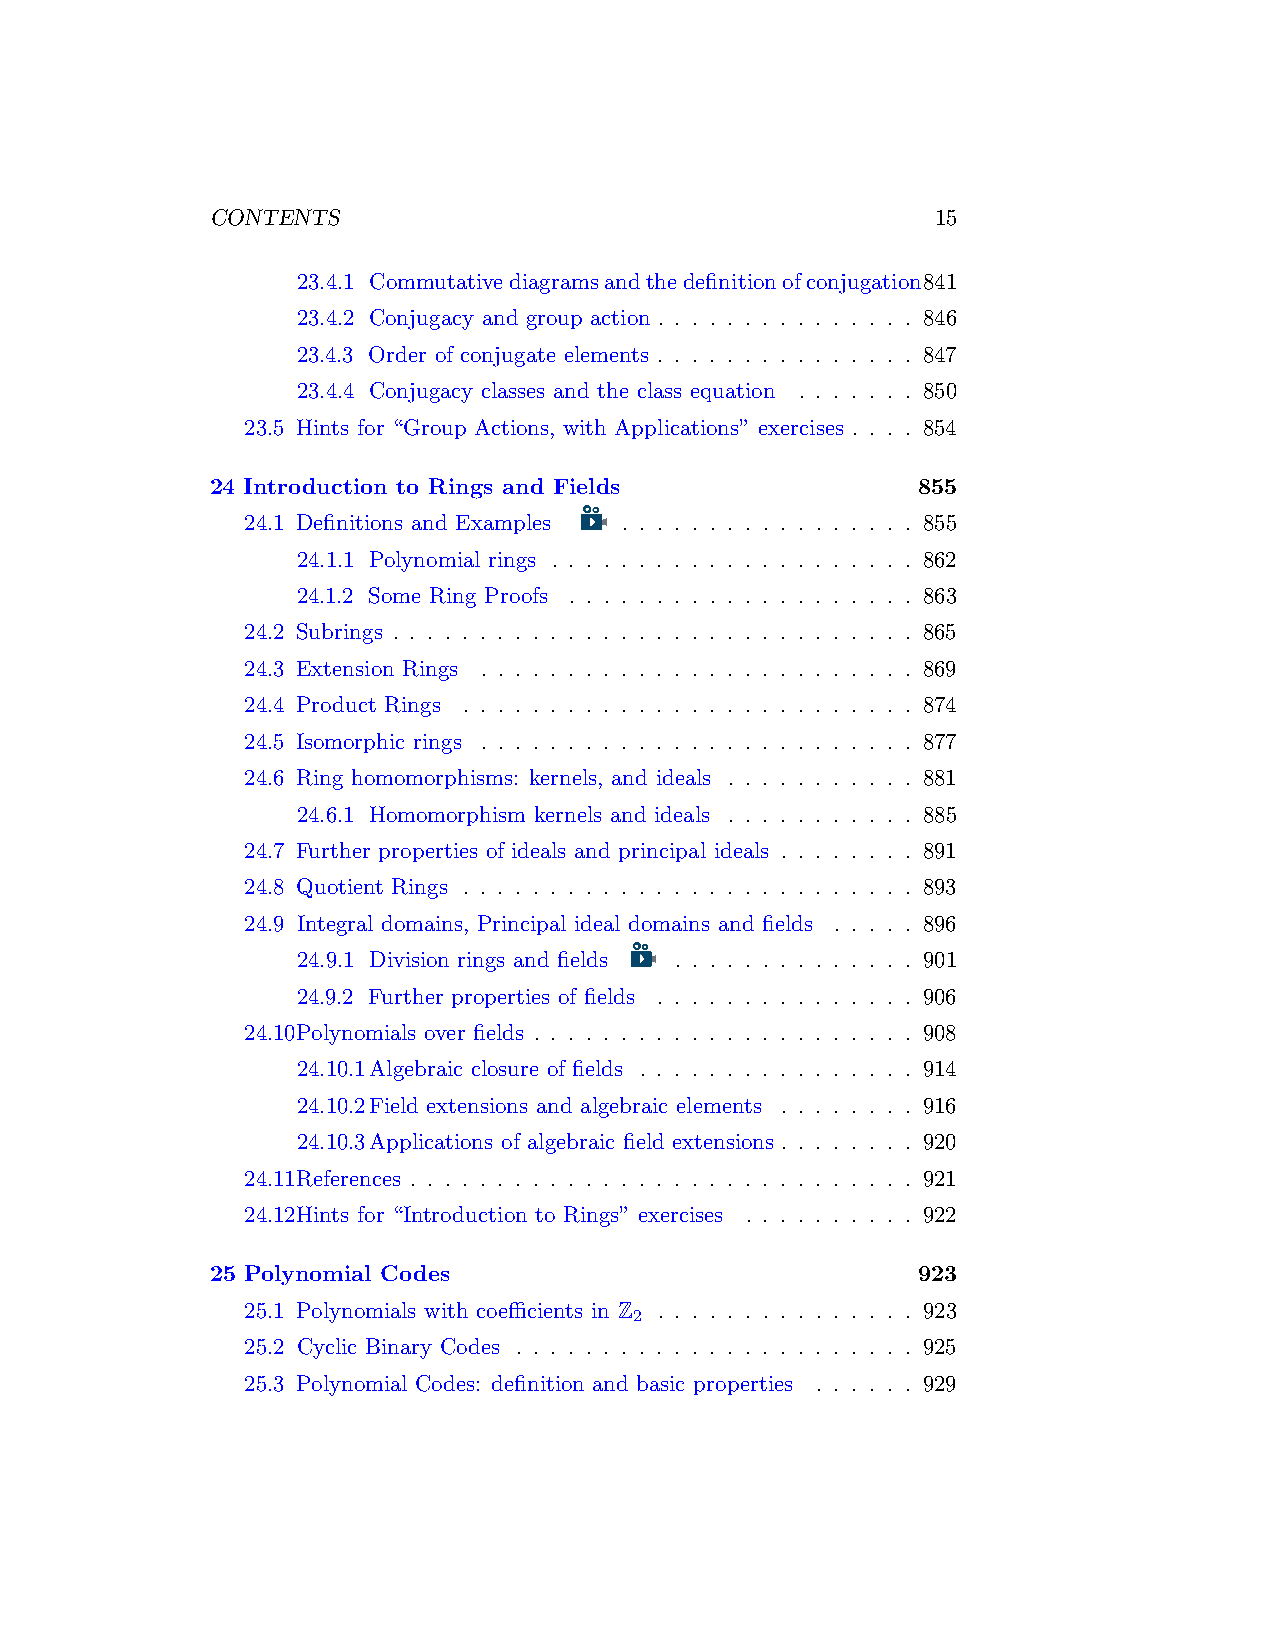
CONTENTS                                        15
 23.4.1 Commutativediagramsandthedefinitionofconjugation841
 23.4.2 Conjugacy and group action . . . . . . . . . . . . . . . 846
 23.4.3 Order of conjugate elements . . . . . . . . . . . . . . . 847
 23.4.4 Conjugacy classes and the class equation . . . . . . . 850
 23.5 Hints for “Group Actions, with Applications” exercises . . . . 854
 24 Introduction to Rings and Fields            855
 24.1 Definitions and Examples . . . . . . . . . . . . . . . . . 855
 24.1.1 Polynomial rings . . . . . . . . . . . . . . . . . . . . . 862
 24.1.2 Some Ring Proofs . . . . . . . . . . . . . . . . . . . . 863
 24.2 Subrings . . . . . . . . . . . . . . . . . . . . . . . . . . . . . . 865
 24.3 Extension Rings . . . . . . . . . . . . . . . . . . . . . . . . . 869
 24.4 Product Rings . . . . . . . . . . . . . . . . . . . . . . . . . . 874
 24.5 Isomorphic rings . . . . . . . . . . . . . . . . . . . . . . . . . 877
 24.6 Ring homomorphisms: kernels, and ideals . . . . . . . . . . . 881
 24.6.1 Homomorphism kernels and ideals . . . . . . . . . . . 885
 24.7 Further properties of ideals and principal ideals . . . . . . . . 891
 24.8 Quotient Rings . . . . . . . . . . . . . . . . . . . . . . . . . . 893
 24.9 Integral domains, Principal ideal domains and fields . . . . . 896
 24.9.1 Division rings and fields . . . . . . . . . . . . . . 901
 24.9.2 Further properties of fields . . . . . . . . . . . . . . . 906
 24.10Polynomials over fields . . . . . . . . . . . . . . . . . . . . . . 908
 24.10.1Algebraic closure of fields . . . . . . . . . . . . . . . . 914
 24.10.2Field extensions and algebraic elements . . . . . . . . 916
 24.10.3Applications of algebraic field extensions . . . . . . . . 920
 24.11References . . . . . . . . . . . . . . . . . . . . . . . . . . . . . 921
 24.12Hints for “Introduction to Rings” exercises . . . . . . . . . . 922
 25 Polynomial Codes                            923
 25.1 Polynomials with coefficients in Z . . . . . . . . . . . . . . . 923
 2
 25.2 Cyclic Binary Codes . . . . . . . . . . . . . . . . . . . . . . . 925
 25.3 Polynomial Codes: definition and basic properties . . . . . . 929